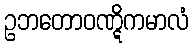
ဥဘတောဝဏ္ဋိကမာလံ